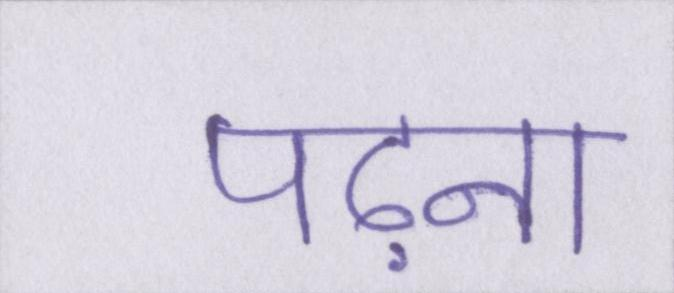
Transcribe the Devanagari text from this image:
पढ़ना